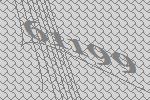
61199